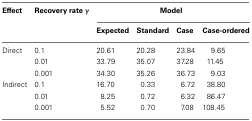
| Effect | Recovery rate γ | <COLSPAN=4> Model |
 |  |  | Expected | Standard | Case | Case-ordered |
 | --- | --- | --- | --- | --- | --- |
 | Direct | 0.1 | 20.61 | 20.28 | 23.84 | 9.65 |
 |  | 0.01 | 33.79 | 35.07 | 37.28 | 11.45 |
 |  | 0.001 | 34.30 | 35.26 | 36.73 | 9.03 |
 | Indirect | 0.1 | 16.70 | 0.33 | 6.72 | 38.80 |
 |  | 0.01 | 8.25 | 0.72 | 6.32 | 86.47 |
 |  | 0.001 | 5.52 | 0.70 | 7.08 | 108.45 |